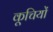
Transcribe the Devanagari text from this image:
कूचियों